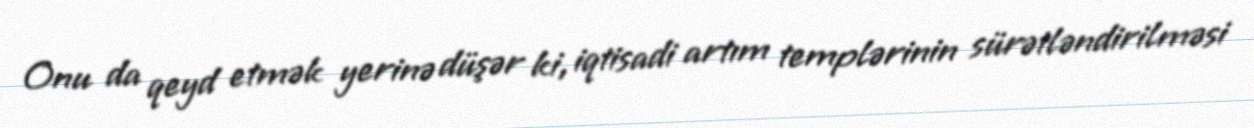
Onu da qeyd etmək yerinə düşər ki, iqtisadi artım templərinin sürətləndirilməsi